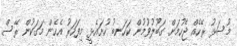
މުސަޅު ރޭހެއް ޖެހުމަށް ގަބޫލުވުމުން ކަހަނބު ހުށައެޅީ މިފަހަރު އެހެން މަގަކުން ރޭސް